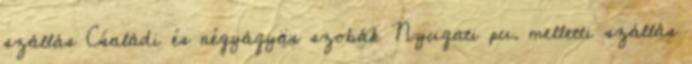
szállás Családi és négyágyas szobák Nyugati pu. melletti szállás